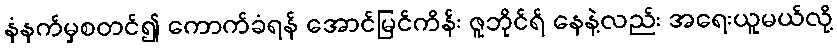
နံနက်မှစတင်၍ ကောက်ခံရန် အောင်မြင်ကိန်း ဇူဘိုင်ရ် နေနဲ့လည်း အရေးယူမယ်လို့